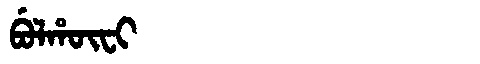
Manchu: ᠪᡠᠯᡥᡡᠸᡳ
Romanization: BULHŪFI